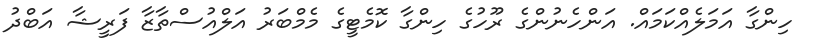
ހިންގާ އަމަލެއްކަމައް. އަންހެނުންގެ ރޫހުގެ ހިންގާ ކޮމެޓީގެ މެމްބަރު އަލްއުސްތާޒާ ފަރީޝާ އަބްދު